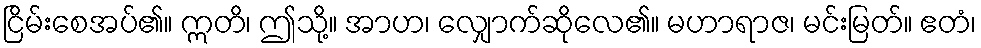
ငြိမ်းစေအပ်၏။ ဣတိ၊ ဤသို့။ အာဟ၊ လျှောက်ဆိုလေ၏။ မဟာရာဇ၊ မင်းမြတ်။ ဧတံ၊